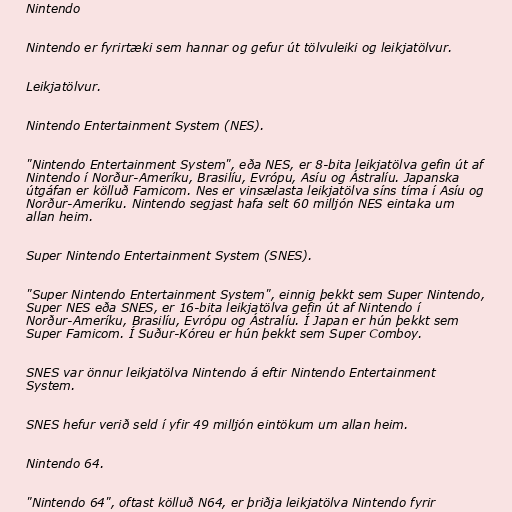
Nintendo

Nintendo er fyrirtæki sem hannar og gefur út tölvuleiki og leikjatölvur.

Leikjatölvur.

Nintendo Entertainment System (NES).

"Nintendo Entertainment System", eða NES, er 8-bita leikjatölva gefin út af
Nintendo í Norður-Ameríku, Brasilíu, Evrópu, Asíu og Ástralíu. Japanska
útgáfan er kölluð Famicom. Nes er vinsælasta leikjatölva síns tíma í Asíu og
Norður-Ameríku. Nintendo segjast hafa selt 60 milljón NES eintaka um
allan heim.

Super Nintendo Entertainment System (SNES).

"Super Nintendo Entertainment System", einnig þekkt sem Super Nintendo,
Super NES eða SNES, er 16-bita leikjatölva gefin út af Nintendo í
Norður-Ameríku, Brasilíu, Evrópu og Ástralíu. Í Japan er hún þekkt sem
Super Famicom. Í Suður-Kóreu er hún þekkt sem Super Comboy.

SNES var önnur leikjatölva Nintendo á eftir Nintendo Entertainment
System.

SNES hefur verið seld í yfir 49 milljón eintökum um allan heim.

Nintendo 64.

"Nintendo 64", oftast kölluð N64, er þriðja leikjatölva Nintendo fyrir